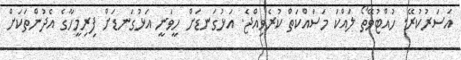
އަސަރުކުރޭ. ހުއްޓުވޭތޯ ލައްކަ މަސައްކަތް ކުރެވިއްޖެ. އަޅުގަނޑަށް ހީވަނީ އަޅުގަނޑަށް ފިރިމީހާގެ އެދުންތަކަށް